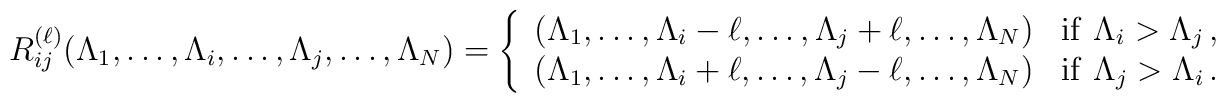
R_{ij}^{(\ell)}(\Lambda_1,\dots,\Lambda_i,\dots,\Lambda_j,\dots,\Lambda_{N})=\left\{\begin{array}{ll}(\Lambda_1,\dots,\Lambda_i-\ell,\dots,\Lambda_j+\ell,\dots,\Lambda_{N}) &{\rm{if }} \, \, \Lambda_i > \Lambda_j\,, \cr(\Lambda_1,\dots,\Lambda_i+\ell,\dots,\Lambda_j-\ell,\dots,\Lambda_{N}) &{\rm{if }} \, \, \Lambda_j > \Lambda_i\,.\end{array}\right.